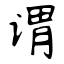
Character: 谓